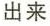
出来